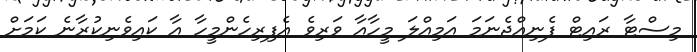
މިސްޓާ ރައިޓް ފެނިއްޖެނަމަ އަމިއްލަ މީހާއާ ވަރިވެ އެފިރިހެންމީހާ އާ ކައިވެނިކުރާނެ ކަމަށް